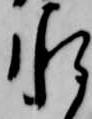
承